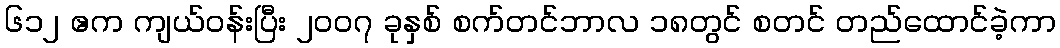
၆၁၂ ဧက ကျယ်ဝန်းပြီး ၂၀၀၇ ခုနှစ် စက်တင်ဘာလ ၁၈တွင် စတင် တည်ထောင်ခဲ့ကာ